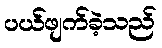
ပယ်ဖျက်ခဲ့သည်